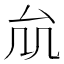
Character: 𠫠